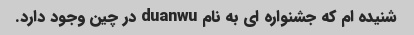
شنیده ام که جشنواره ای به نام duanwu در چین وجود دارد.